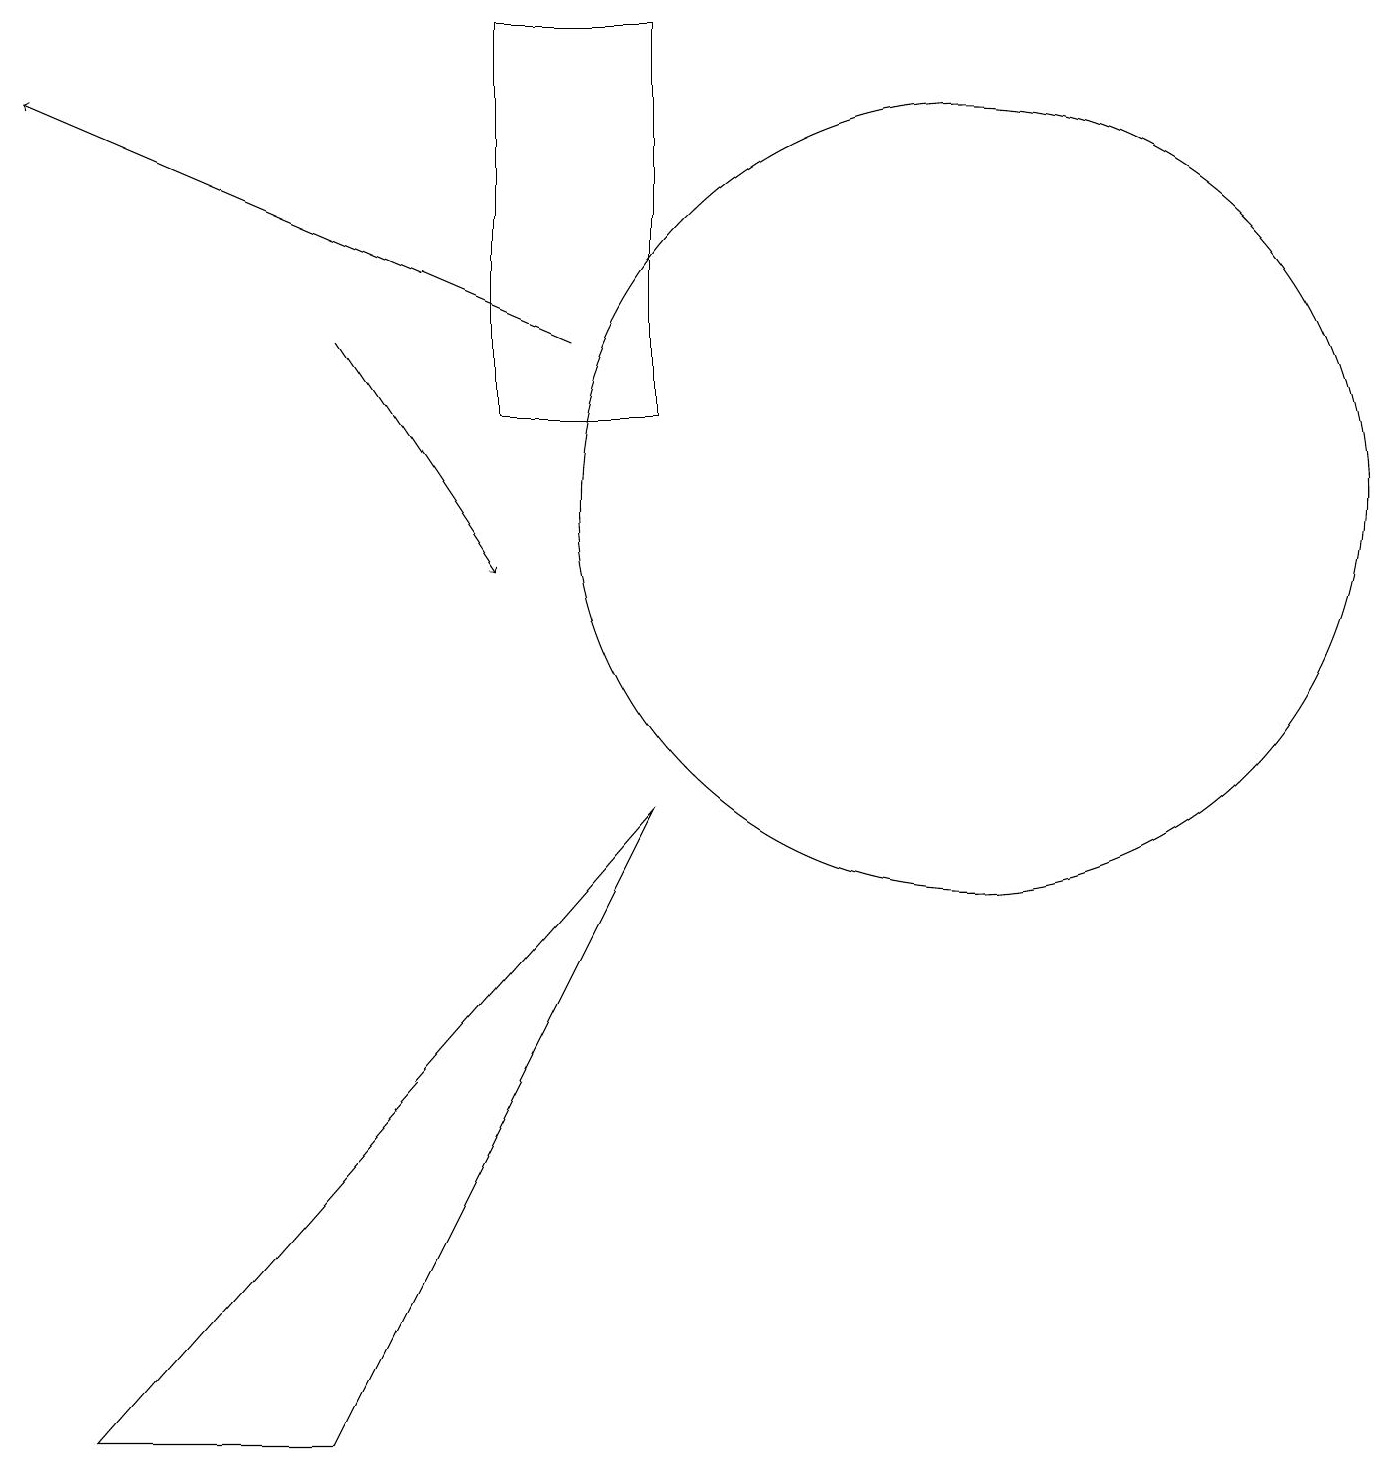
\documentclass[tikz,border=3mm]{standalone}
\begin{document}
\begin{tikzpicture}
\draw[->] (7,14) -- (0,17);
\draw (12,12) circle (5);
\draw[->] (4,14) -- (6,11);
\draw (8,18) rectangle (6,13);
\draw (4,0) -- (8,8) -- (1,0) -- cycle;
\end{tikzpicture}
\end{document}